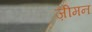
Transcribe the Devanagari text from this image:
ज़ीमन